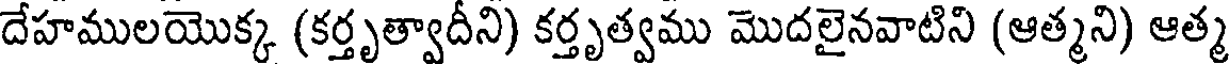
దేహములయొక్క (కర్తృత్వాదీని) కర్తృత్వము మొదలైనవాటిని (ఆత్మని) ఆత్మ